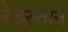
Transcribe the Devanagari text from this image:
रेड्स्तोने